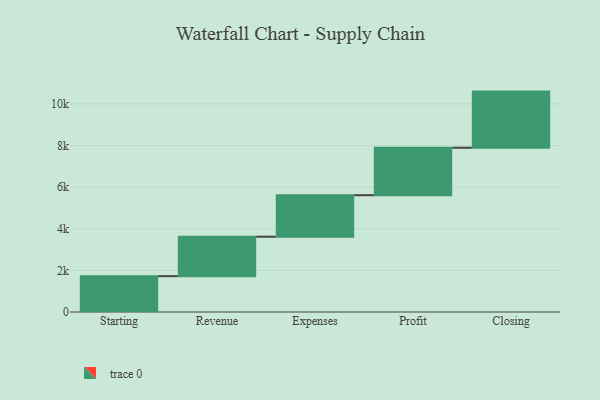
{"axis": {"x": "Step", "y": "Value"}, "legend": [""], "data": [{"x": "Starting", "y": 1723.0, "type": ""}, {"x": "Revenue", "y": 1896.0, "type": ""}, {"x": "Expenses", "y": 1994.0, "type": ""}, {"x": "Profit", "y": 2281.0, "type": ""}, {"x": "Closing", "y": 2698.0, "type": ""}]}